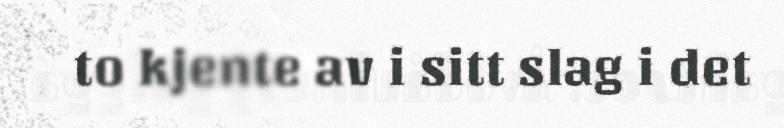
to kjente av i sitt slag i det